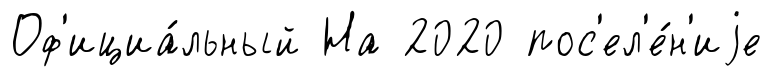
Оф'ициа́льный На 2020 пос'ел'е́н'иjе